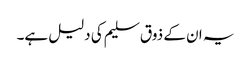
یہ ان کے ذوق سلیم کی دلیل ہے۔